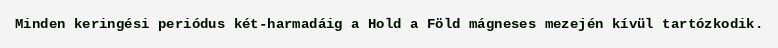
Minden keringési periódus két-harmadáig a Hold a Föld mágneses mezején kívül tartózkodik.